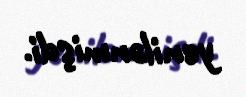
yenilənmişdi.